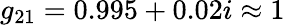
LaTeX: g_{21}=0.995+0.02i\approx 1